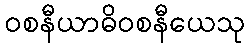
ဝစနီယာဓိဝစနီယေသု